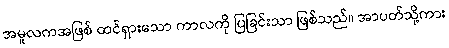
အမူလကအဖြစ် ထင်ရှားသော ကာလကို ပြခြင်းသာ ဖြစ်သည်။ အာပတ်သို့ကား